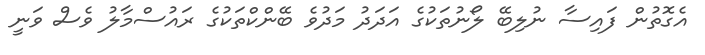
އެގޮތުން ފައިސާ ނުލިބޭ ލޯނުތަކުގެ އަދަދު މަދުވެ ބޭންކްތަކުގެ ރައުސްމާލު ވެސް ވަނީ